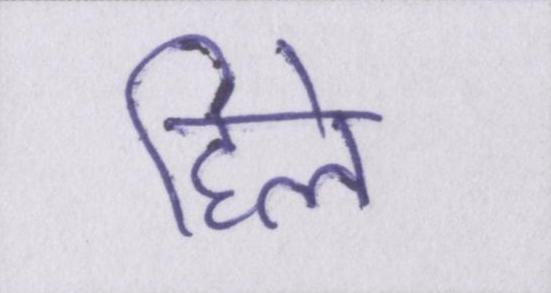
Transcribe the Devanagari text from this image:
हिले